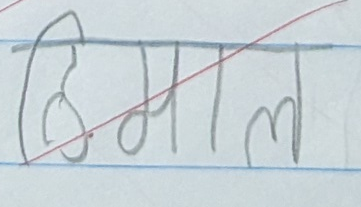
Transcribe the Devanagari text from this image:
हिमाल